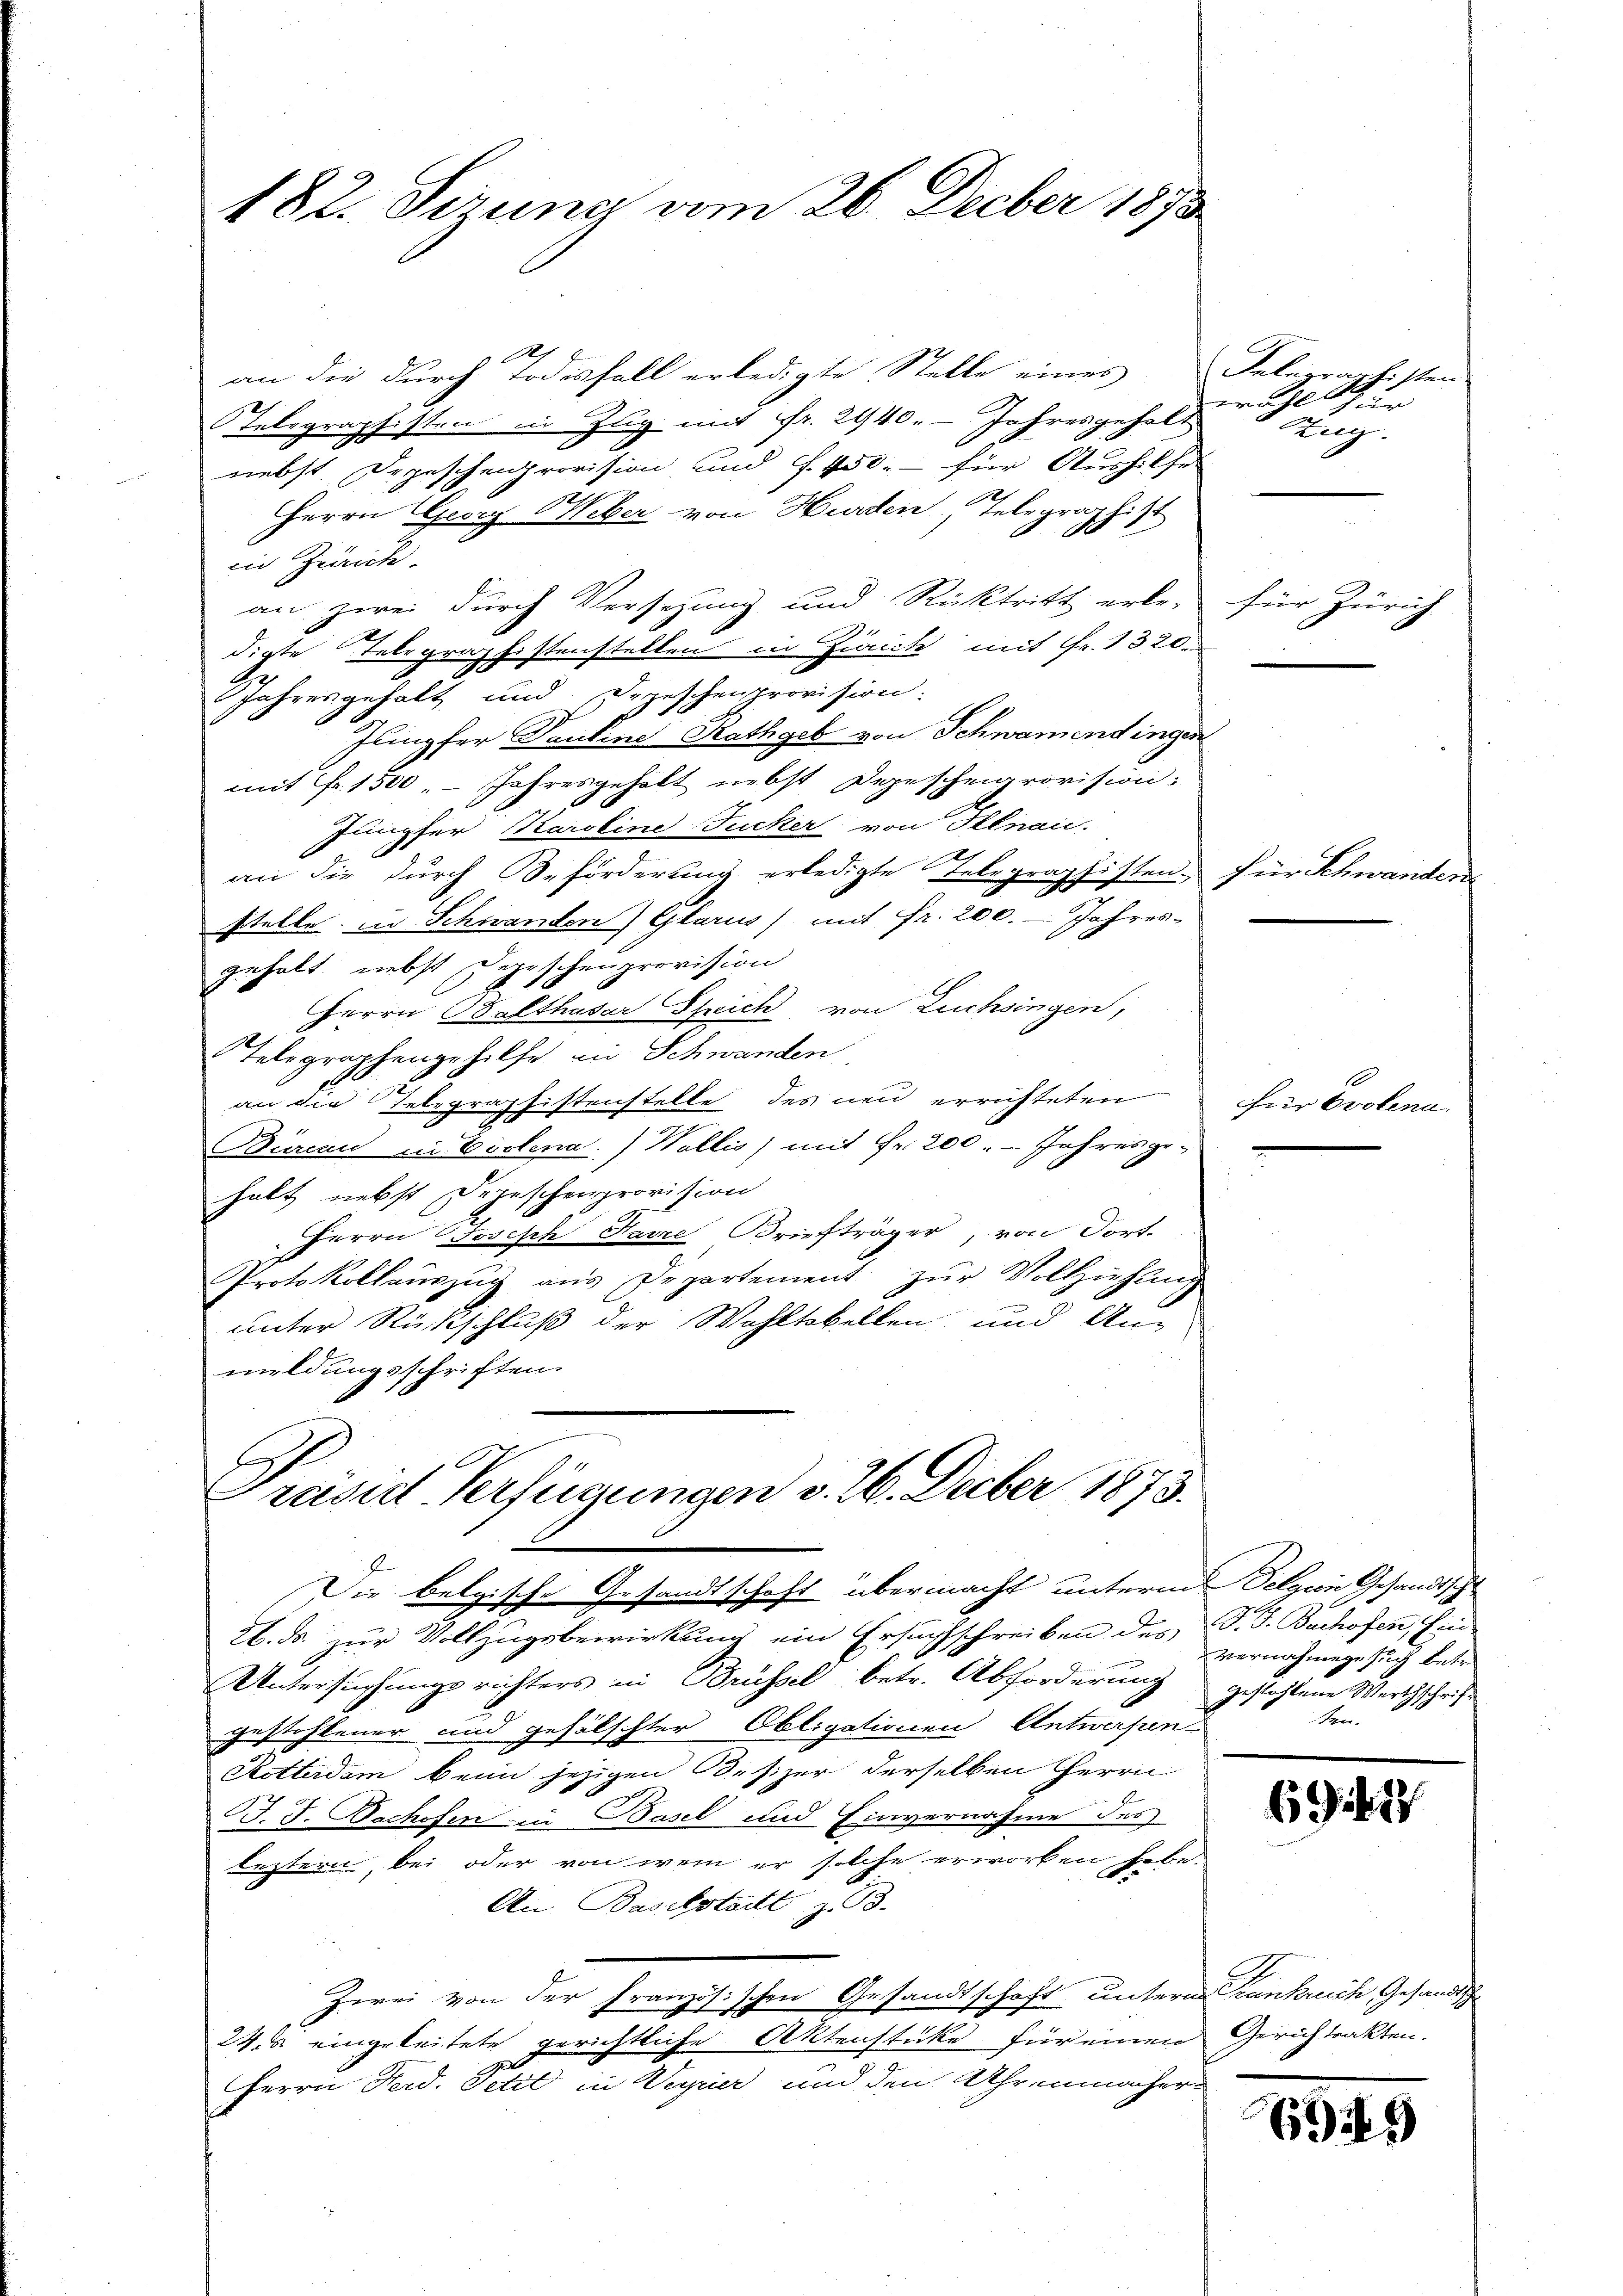
182. Sizung vom 26. Decber 1873.

dep
an die durch Todesfall erledigte Stelle eines
Telegraphisten in Zug mit Fr. 2940. - Jahresgehalt
nebst Depeschenprovision und f. 450.- für Aushilfe
Herrn Georg Weber von Hurden Telegraphist
in Zürich.
an zwei durch Versetzung und Rücktritt erle-
digte Telegraphistenstellen in Zürich mit Fr. 1320.
Jahresgehalt und Depeschenprovision.
Jungfer Pauline Rathgeb von Schwamendingen
mit Fr. 1500. Jahresgeholt nebst Degescheigrovision:
Jungfer Karoline Zucker von Illnau.
an die durch Beförderung erledigte Telegraphisten. Für Schwander-
stelle in Schwanden) Glarus) mit fr. 200. Jahres-
gehalt nebst Depeschenprovision
Herrn Balthasar Speich von Luchsingen,
Telegraphengehilfe in Schwanden
an die Telegraphistenstelle des neu errichteten
Bureau in Evolena.) Wallis) mit Fr. 200. - Jahresge-
halt nebst Depeschenprovision
Herrn Joseph Harze Briefträger, von Fort-
Protokollaŭszŭg aŭs Departement zŭr Vollziehŭng
unter Rückschluß der Wohltobellen und Anmildungsschriften.

Prasis Verfügungen v. 26. Dieber 1873.

E
Die belgische Gesandtschaft übermacht unterm Belgien Gesandtsche
26. ds. zur Vollzugsbewirkung ein Ersuchschreiben des P. J. Bachofen, Ein
Untersuchungsrichters in Brüssel betr. Abforderung gestohlene Werthschrift
gestohlener und gefälschter Obligationen Antwesen-
Retterdem beim jezigen Besizer derselben Herrn
B. J. Bachofen in Basel und Einvernahme des
leztern, bei oder von wem er solche erworben habe.
An. Baselstadt, z. B.
Zwei von der französischen Gesandtschaft unsere Krankreich, Gesandtsch
24 eingeleitete gerichtliche Aktenstücke für einen Gerichtrakten.
Herrn Ferd. Petit in Weyrier und den Uhrenmacher

Delegraphisten.
wahls zur
Zug.

für Zürich

für Evolena.

Vernahmege such betr.
ten.

69. 1417

1949